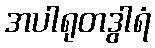
အပါရုတဒွါရံ